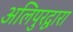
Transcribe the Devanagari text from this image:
अलिपुरद्वारा